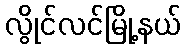
လွိုင်လင်မြို့နယ်